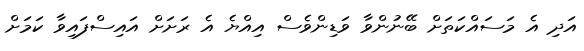
އަދި އެ މަސައްކަތަށް ބޭނުންވާ ވަޑިންވެސް އިއްޔެ އެ ރަށަށް އައިސްފައިވާ ކަަމަށް